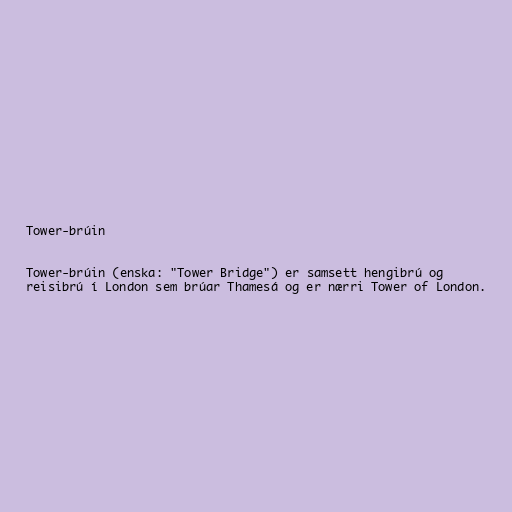
Tower-brúin

Tower-brúin (enska: "Tower Bridge") er samsett hengibrú og
reisibrú í London sem brúar Thamesá og er nærri Tower of London.